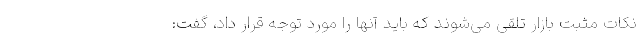
نکات مثبت بازار تلقی می‌شوند که باید آنها را مورد توجه قرار داد، گفت: